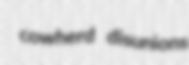
cowherd disunions